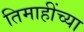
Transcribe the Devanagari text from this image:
तिमाहींच्या